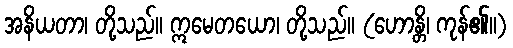
အနိယတာ၊ တို့သည်။ ဣမေတယော၊ တို့သည်။ (ဟောန္တိ၊ ကုန်၏။)